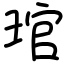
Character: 琯